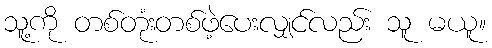
သူ့ကို တစ်တုံးတစ်ဖဲ့ပေးလျှင်လည်း သူ မယူ။